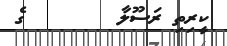
ކީރިތި ރަސޫލާ        ގެ